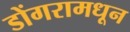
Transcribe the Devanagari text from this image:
डोंगरामधून